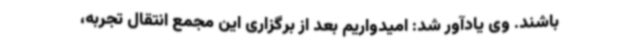
باشند. وی یادآور شد: امیدواریم بعد از برگزاری این مجمع انتقال تجربه،